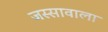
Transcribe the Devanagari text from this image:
जस्‍सावाला